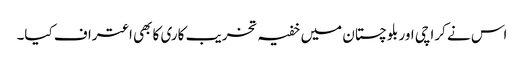
اس نے کراچی اور بلوچستان میں خفیہ تخریب کاری کا بھی اعتراف کیا۔